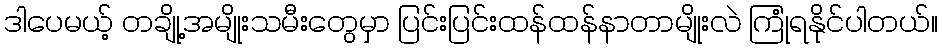
ဒါပေမယ့် တချို့အမျိုးသမီးတွေမှာ ပြင်းပြင်းထန်ထန်နာတာမျိုးလဲ ကြုံရနိုင်ပါတယ်။